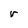
Character: r